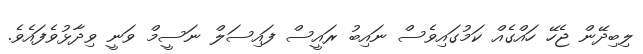
ލިބިދޭން ޖެހޭ ހައްގެއް ކަމުގައިވެސް ނައިބު ރައީސް ފައިސަލް ނަސީމް ވަނީ ވިދާޅުވެފައެވެ.